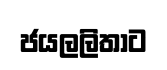
ජයලලිතාට